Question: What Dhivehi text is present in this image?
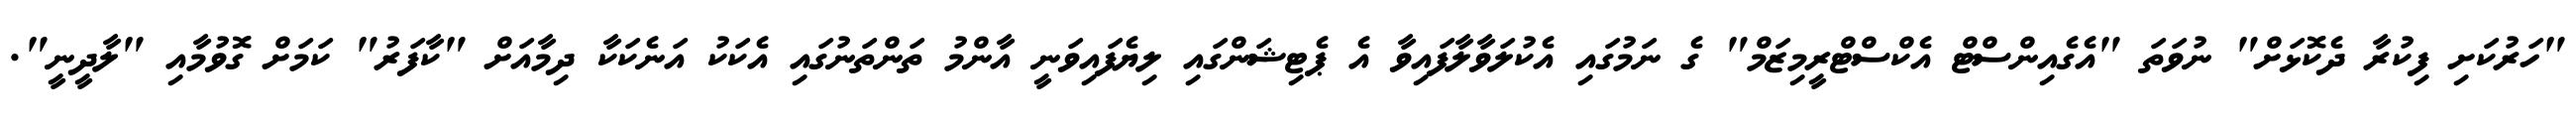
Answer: "ހަރުކަށި ފިކުރާ ދެކޮޅަށް" ނުވަތަ "އެގެއިންސްޓް އެކްސްޓްރީމިޒަމް" ގެ ނަމުގައި އެކުލަވާލާފައިވާ އެ ޕެޓިޝަންގައި ލިޔެފައިވަނީ އާންމު ތަންތަނުގައި އެކަކު އަނެކަކާ ދިމާއަށް "ކާފަރު" ކަމަށް ގޮވުމާއި "ލާދީނީ".